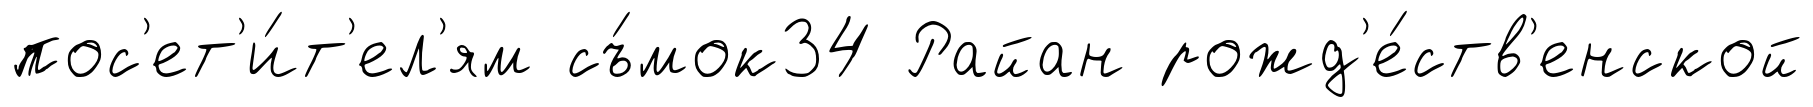
пос'ет'и́т'ел'ям съ́мок34 Райан рожд'е́ств'енской